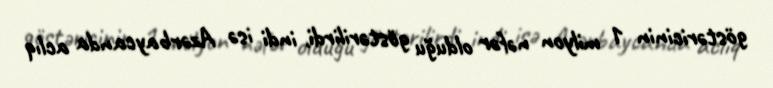
göstəricinin 1 milyon nəfər olduğu göstərilirdi, indi isə Azərbaycanda aclıq